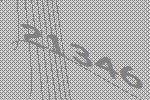
21346